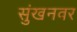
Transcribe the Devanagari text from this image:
सुंखनवर